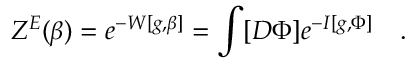
Z ^ { E } ( \beta ) = e ^ { - W [ g , \beta ] } = \int [ D \Phi ] e ^ { - I [ g , \Phi ] } ~ ~ ~ .